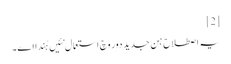
[2]
یہ اصطلاح ہن جدید دور وچ استعمال نئیں ہُندا ا‏‏ے۔